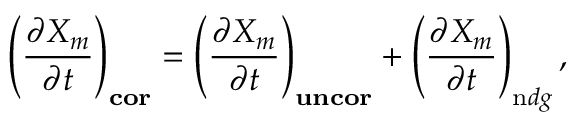
\left( \frac { \partial X _ { m } } { \partial t } \right) _ { \mathbf { c o r } } = \left( \frac { \partial X _ { m } } { \partial t } \right) _ { \mathbf { u n c o r } } + \left( \frac { \partial X _ { m } } { \partial t } \right) _ { \mathrm { n } d g } ,